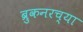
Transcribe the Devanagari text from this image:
ब्रुकनरच्या